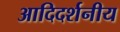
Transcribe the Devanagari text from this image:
आदिदर्शनीय